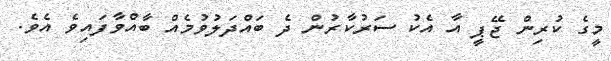
މީގެ ކުރިން ޖޭޕީ އާ އެކު ސަރުކާރުން ދެ ބައްދަލުވުމެއް ބާއްވާފައިވެ އެވެ.